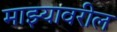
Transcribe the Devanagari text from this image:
माझ्यावरील